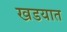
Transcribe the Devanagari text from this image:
खडयात